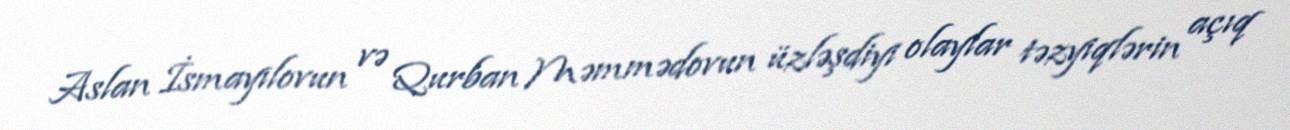
Aslan İsmayılovun və Qurban Məmmədovun üzləşdiyi olaylar təzyiqlərin açıq